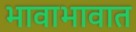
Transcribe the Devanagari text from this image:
भावाभावात